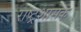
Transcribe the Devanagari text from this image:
राष्ट्रशासक